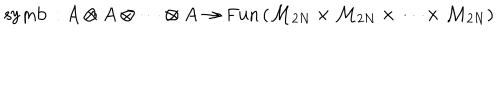
\mathrm { s y m b } \, : A \otimes A \otimes \cdots \otimes A \rightarrow \mathrm { F u n } \, ( { \cal M } _ { 2 N } \times { \cal M } _ { 2 N } \times \cdots \times { \cal M } _ { 2 N } )